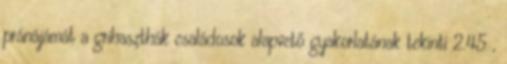
pránájámát a grihaszthák családosok alapvető gyakorlatának tekinti 2.45 ,